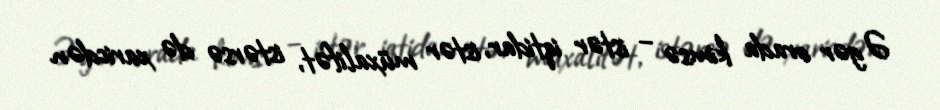
Əgər orada kimsə – istər iqtidar, istər müxalifət, istərsə də xaricdən